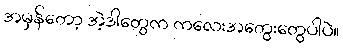
အမှန်တော့ အဲ့ဒါတွေက ကလေးအတွေးတွေပါပဲ။